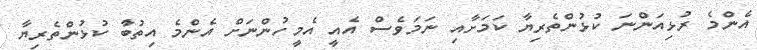
އެންމެ ރުޅިއަންނަ ކުޅުންތެރިޔާ ކަމަށާއި ނަމަވެސް އެއީ އެމީހުންނަށް އެންމެ އިތުބާު ކުޅުންތެރިޔާ